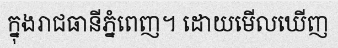
ក្នុងរាជធានីភ្នំពេញ។ ដោយមើលឃើញ